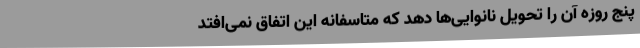
پنج روزه آن را تحویل نانوایی‌ها دهد که متاسفانه این اتفاق نمی‌افتد